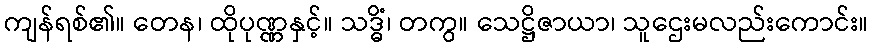
ကျန်ရစ်၏။ တေန၊ ထိုပုဏ္ဏနှင့်။ သဒ္ဓိံ၊ တကွ။ သေဋ္ဌိဇာယာ၊ သူဌေးမလည်းကောင်း။